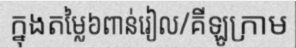
ក្នុងតម្លៃ៦ពាន់រៀល/គីឡូក្រាម